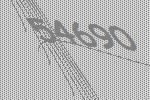
54690